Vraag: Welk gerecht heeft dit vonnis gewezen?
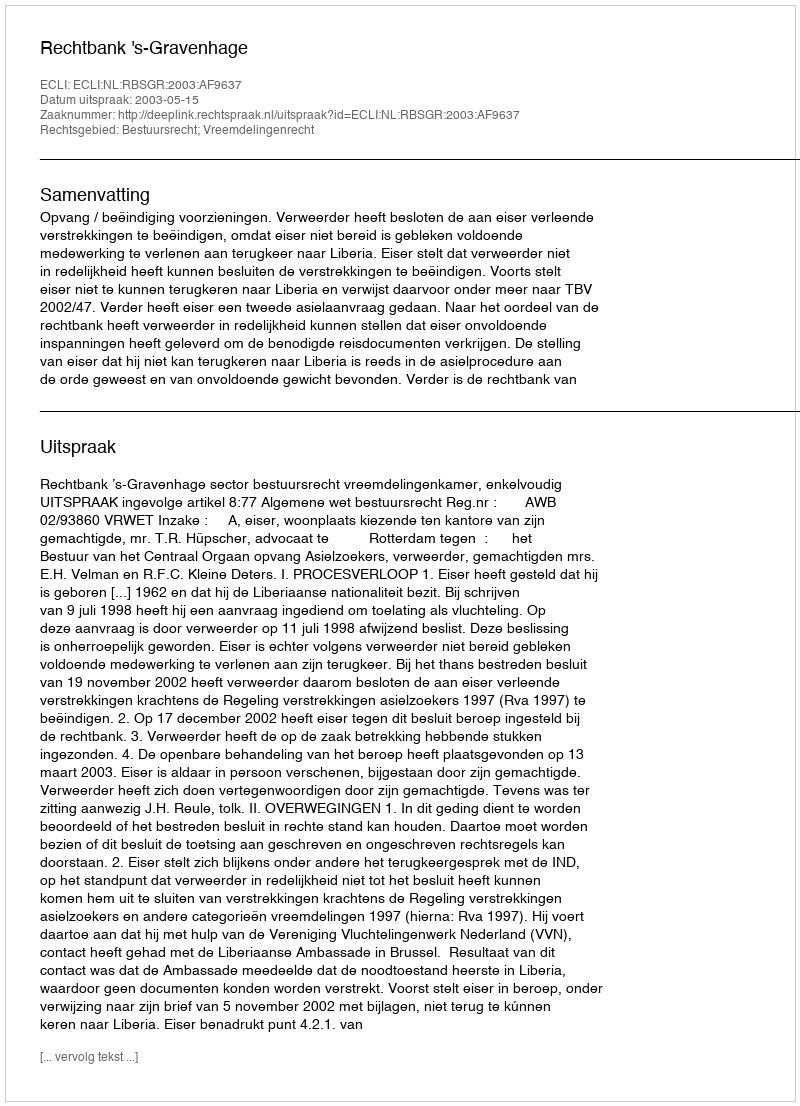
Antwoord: Rechtbank 's-Gravenhage